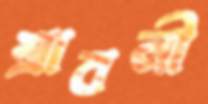
শ্রাবনী